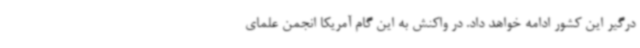
درگیر این کشور ادامه خواهد داد. در واکنش به این گام آمریکا انجمن علمای